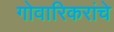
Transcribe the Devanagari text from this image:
गोवारिकरांचे